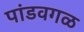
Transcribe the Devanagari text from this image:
पांडवगळ